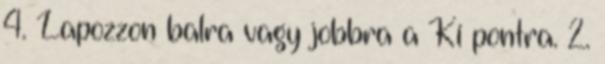
4. Lapozzon balra vagy jobbra a Ki pontra. 2.